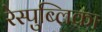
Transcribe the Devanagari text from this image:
रेस्पुब्लिका